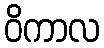
ဝိကာလ